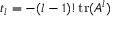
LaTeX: t _ { l } = - ( l - 1 ) ! \operatorname { t r } ( A ^ { l } )